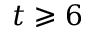
t \geqslant 6